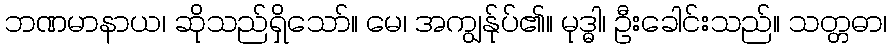
ဘဏမာနာယ၊ ဆိုသည်ရှိသော်။ မေ၊ အကျွန်ုပ်၏။ မုဒ္ဓါ၊ ဦးခေါင်းသည်။ သတ္တဓာ၊